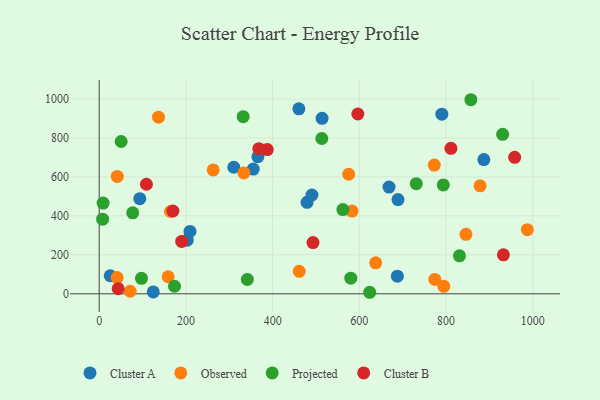
{"axis": {"x": "Study Hours", "y": "Salary"}, "legend": ["Cluster A", "Cluster B", "Observed", "Projected"], "data": [{"x": "689.1", "y": 483.8, "type": "Cluster A"}, {"x": "25.4", "y": 92.7, "type": "Cluster A"}, {"x": "668.4", "y": 547.8, "type": "Cluster A"}, {"x": "366.0", "y": 703.4, "type": "Cluster A"}, {"x": "203.0", "y": 275.5, "type": "Cluster A"}, {"x": "790.2", "y": 922.0, "type": "Cluster A"}, {"x": "479.4", "y": 469.4, "type": "Cluster A"}, {"x": "460.5", "y": 949.4, "type": "Cluster A"}, {"x": "490.7", "y": 507.3, "type": "Cluster A"}, {"x": "310.4", "y": 649.7, "type": "Cluster A"}, {"x": "887.1", "y": 688.8, "type": "Cluster A"}, {"x": "687.7", "y": 90.3, "type": "Cluster A"}, {"x": "124.7", "y": 9.9, "type": "Cluster A"}, {"x": "209.4", "y": 320.4, "type": "Cluster A"}, {"x": "514.0", "y": 900.5, "type": "Cluster A"}, {"x": "93.6", "y": 488.4, "type": "Cluster A"}, {"x": "355.3", "y": 640.4, "type": "Cluster A"}, {"x": "774.0", "y": 74.1, "type": "Observed"}, {"x": "583.1", "y": 424.9, "type": "Observed"}, {"x": "159.0", "y": 87.5, "type": "Observed"}, {"x": "461.4", "y": 115.3, "type": "Observed"}, {"x": "333.6", "y": 620.5, "type": "Observed"}, {"x": "41.3", "y": 83.6, "type": "Observed"}, {"x": "878.4", "y": 554.4, "type": "Observed"}, {"x": "794.8", "y": 38.4, "type": "Observed"}, {"x": "845.8", "y": 305.1, "type": "Observed"}, {"x": "575.4", "y": 613.7, "type": "Observed"}, {"x": "71.5", "y": 13.2, "type": "Observed"}, {"x": "136.8", "y": 906.8, "type": "Observed"}, {"x": "41.7", "y": 602.3, "type": "Observed"}, {"x": "164.3", "y": 422.6, "type": "Observed"}, {"x": "262.9", "y": 635.7, "type": "Observed"}, {"x": "772.8", "y": 661.0, "type": "Observed"}, {"x": "637.7", "y": 158.9, "type": "Observed"}, {"x": "987.5", "y": 329.1, "type": "Observed"}, {"x": "173.7", "y": 38.9, "type": "Projected"}, {"x": "623.8", "y": 7.9, "type": "Projected"}, {"x": "580.3", "y": 80.5, "type": "Projected"}, {"x": "930.5", "y": 818.5, "type": "Projected"}, {"x": "50.6", "y": 781.9, "type": "Projected"}, {"x": "9.0", "y": 465.8, "type": "Projected"}, {"x": "562.0", "y": 432.3, "type": "Projected"}, {"x": "513.4", "y": 797.2, "type": "Projected"}, {"x": "341.6", "y": 73.6, "type": "Projected"}, {"x": "77.3", "y": 415.5, "type": "Projected"}, {"x": "97.5", "y": 79.6, "type": "Projected"}, {"x": "332.0", "y": 909.0, "type": "Projected"}, {"x": "830.9", "y": 195.0, "type": "Projected"}, {"x": "731.3", "y": 565.2, "type": "Projected"}, {"x": "857.2", "y": 996.2, "type": "Projected"}, {"x": "793.6", "y": 559.1, "type": "Projected"}, {"x": "7.9", "y": 382.9, "type": "Projected"}, {"x": "387.7", "y": 740.3, "type": "Cluster B"}, {"x": "811.2", "y": 746.5, "type": "Cluster B"}, {"x": "932.2", "y": 200.2, "type": "Cluster B"}, {"x": "368.2", "y": 745.1, "type": "Cluster B"}, {"x": "190.2", "y": 268.9, "type": "Cluster B"}, {"x": "493.1", "y": 263.2, "type": "Cluster B"}, {"x": "170.1", "y": 425.1, "type": "Cluster B"}, {"x": "108.9", "y": 562.3, "type": "Cluster B"}, {"x": "596.5", "y": 922.9, "type": "Cluster B"}, {"x": "958.2", "y": 700.6, "type": "Cluster B"}, {"x": "43.8", "y": 26.2, "type": "Cluster B"}]}